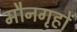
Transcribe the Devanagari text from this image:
मौनगृहों